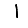
Digit: 1